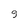
Character: 9